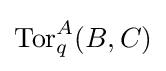
\operatorname {Tor} _{q}^{A}(B,C)